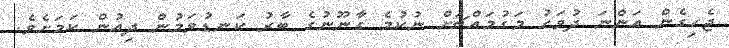
ޖެހިގެން އަންނަ ދުވަހު މަގުމައްޗަށް ނުކުމެ ގާނޫނުގެ ބާރު ކަނޑުވަމުން ދިއުން ކަމަށެވެ.